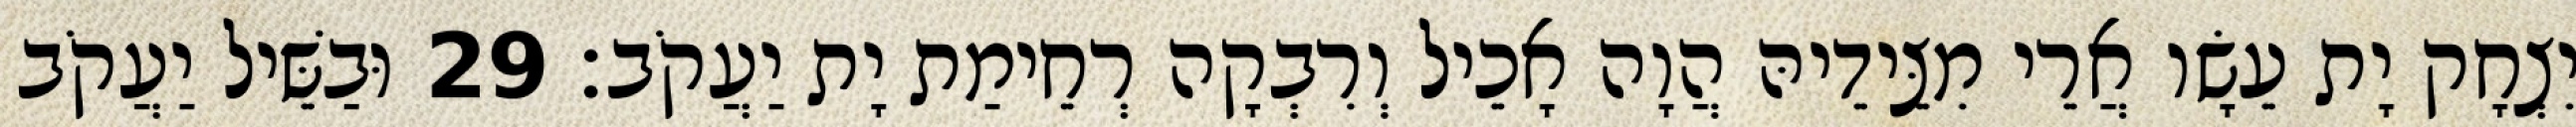
יִצְחָק יָת עֵשָׂו אֲרֵי מִצֵּידֵיהּ הֲוָה אָכֵיל וְרִבְקָה רְחֵימַת יָת יַעֲקֹב׃ 29 וּבַשֵּׁיל יַעֲקֹב